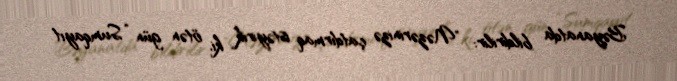
Bəyanatda bildirilir: "Nəzərinizə çatdırmaq istəyirik ki, ötən gün “Sumqayıt